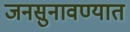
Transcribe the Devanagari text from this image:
जनसुनावण्यात